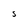
Character: S